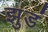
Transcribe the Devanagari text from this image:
झुडं